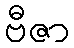
ဗီဇာ